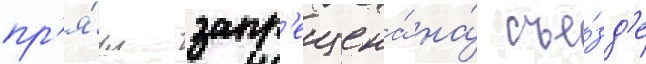
пр'я́мо запр'ещена́ на́ съе́зд'е